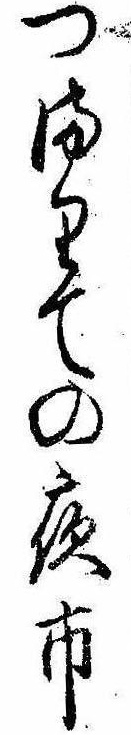
つまりての夜市